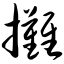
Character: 摊